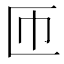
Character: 匝